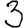
Digit: 3